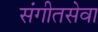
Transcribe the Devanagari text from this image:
संगीतसेवा